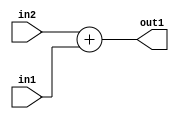
`timescale 1ps / 1ps
/*****************************************************************************
    Verilog RTL Description
    
    
    Created by: Stratus DpOpt 21.05.01 
*******************************************************************************/

module Filter_Add_4Ux2U_5U_4 (
	in2,
	in1,
	out1
	); /* architecture "behavioural" */ 
input [3:0] in2;
input [1:0] in1;
output [4:0] out1;
wire [4:0] asc001;

assign asc001 = 
	+(in2)
	+(in1);

assign out1 = asc001;
endmodule

/* CADENCE  urnxTAk= : u9/ySxbfrwZIxEzHVQQV8Q== ** DO NOT EDIT THIS LINE ******/